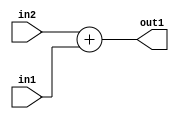
`timescale 1ps / 1ps
/*****************************************************************************
    Verilog RTL Description
    
    
    Created by: Stratus DpOpt 21.05.01 
*******************************************************************************/

module Filter_Add_4Ux2U_5U_4 (
	in2,
	in1,
	out1
	); /* architecture "behavioural" */ 
input [3:0] in2;
input [1:0] in1;
output [4:0] out1;
wire [4:0] asc001;

assign asc001 = 
	+(in2)
	+(in1);

assign out1 = asc001;
endmodule

/* CADENCE  urnxTAk= : u9/ySxbfrwZIxEzHVQQV8Q== ** DO NOT EDIT THIS LINE ******/